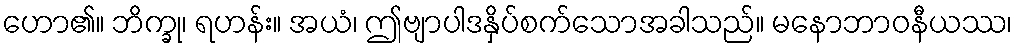
ဟော၏။ ဘိက္ခု၊ ရဟန်း။ အယံ၊ ဤဗျာပါဒနှိပ်စက်သောအခါသည်။ မနောဘာဝနီယဿ၊